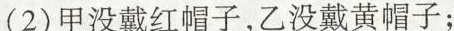
(2)甲没戴红帽子，乙没戴黄帽子；